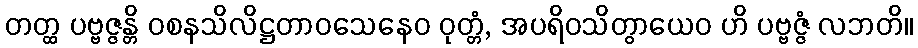
တတ္ထ ပဗ္ဗဇ္ဇန္တိ ဝစနသိလိဋ္ဌတာဝသေနေဝ ဝုတ္တံ, အပရိဝသိတွာယေဝ ဟိ ပဗ္ဗဇ္ဇံ လဘတိ။